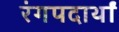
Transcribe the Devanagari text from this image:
रंगपदार्थां